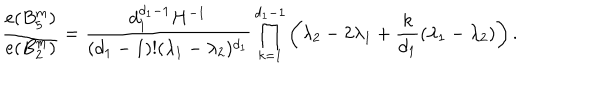
LaTeX: { \frac { e ( B _ { 5 } ^ { m } ) } { e ( B _ { 2 } ^ { m } ) } } = { \frac { d _ { 1 } ^ { d _ { 1 } - 1 } H ^ { - 1 } } { ( d _ { 1 } - 1 ) ! ( \lambda _ { 1 } - \lambda _ { 2 } ) ^ { d _ { 1 } } } } \prod _ { k = 1 } ^ { d _ { 1 } - 1 } \left( \lambda _ { 2 } - 2 \lambda _ { 1 } + { \frac { k } { d _ { 1 } } } ( \lambda _ { 1 } - \lambda _ { 2 } ) \right) .